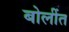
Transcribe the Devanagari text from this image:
बोलींत